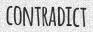
CONTRADICT